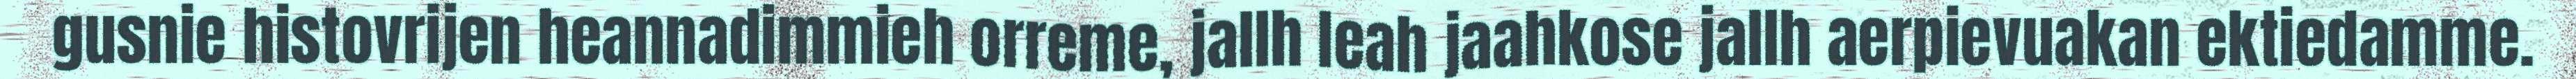
gusnie histovrijen heannadimmieh orreme, jallh leah jaahkose jallh aerpievuakan ektiedamme.